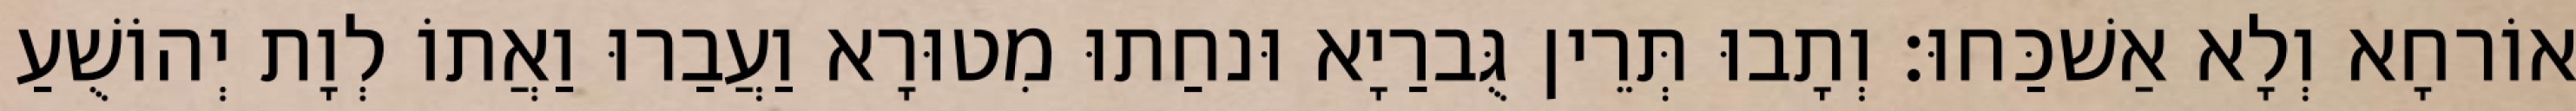
אוֹרחָא וְלָא אַשׁכַּחוּ׃ וְתָבוּ תְּרֵין גֻּברַיָא וּנחַתוּ מִטוּרָא וַעֲבַרוּ וַאֲתוֹ לְוָת יְהוֹשֻׁעַ